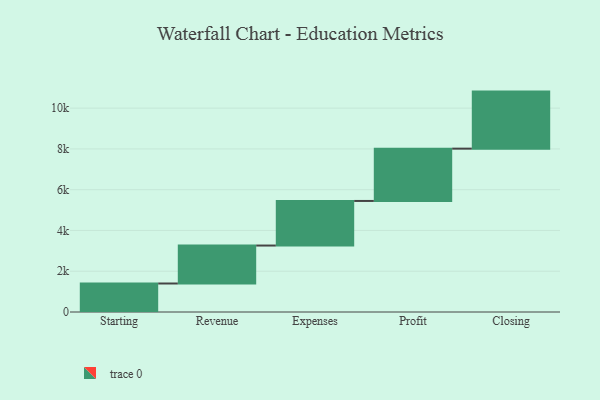
{"axis": {"x": "Step", "y": "Value"}, "legend": [""], "data": [{"x": "Starting", "y": 1398.0, "type": ""}, {"x": "Revenue", "y": 1862.0, "type": ""}, {"x": "Expenses", "y": 2187.0, "type": ""}, {"x": "Profit", "y": 2566.0, "type": ""}, {"x": "Closing", "y": 2798.0, "type": ""}]}